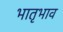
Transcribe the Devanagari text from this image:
भातृभाव